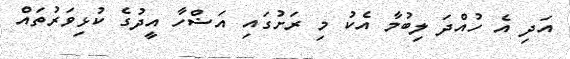
އަދި އެ ހުއްދަ ލިބުމާ އެކު މި ރަށުގައި އަޟްހާ އީދުގެ ކުޅިވަރުތައް